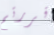
قررتم